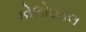
કોલોઇડલ